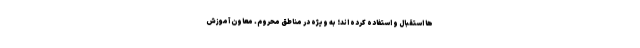
ها استقبال و استفاده کرده اند؛ به ویژه در مناطق محروم. معاون آموزش